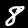
Digit: 8